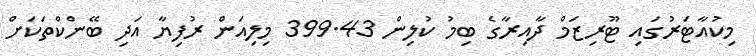
މިކުއާޓަރުގައި ޓޫރިޒަމް ދާއިރާގެ ބިމު ކުލިން 399.43 މިލިއަން ރުފިޔާ އަދި ބޭންކްތަކަށް